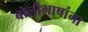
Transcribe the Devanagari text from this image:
बोलीभाषांना